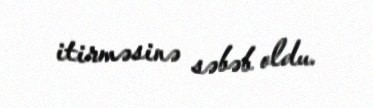
itirməsinə səbəb oldu.